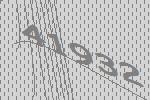
41932